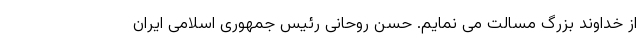
از خداوند بزرگ مسالت می نمایم. حسن روحانی رئیس جمهوری اسلامی ایران